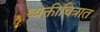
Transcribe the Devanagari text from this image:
व्यक्तीचित्रात